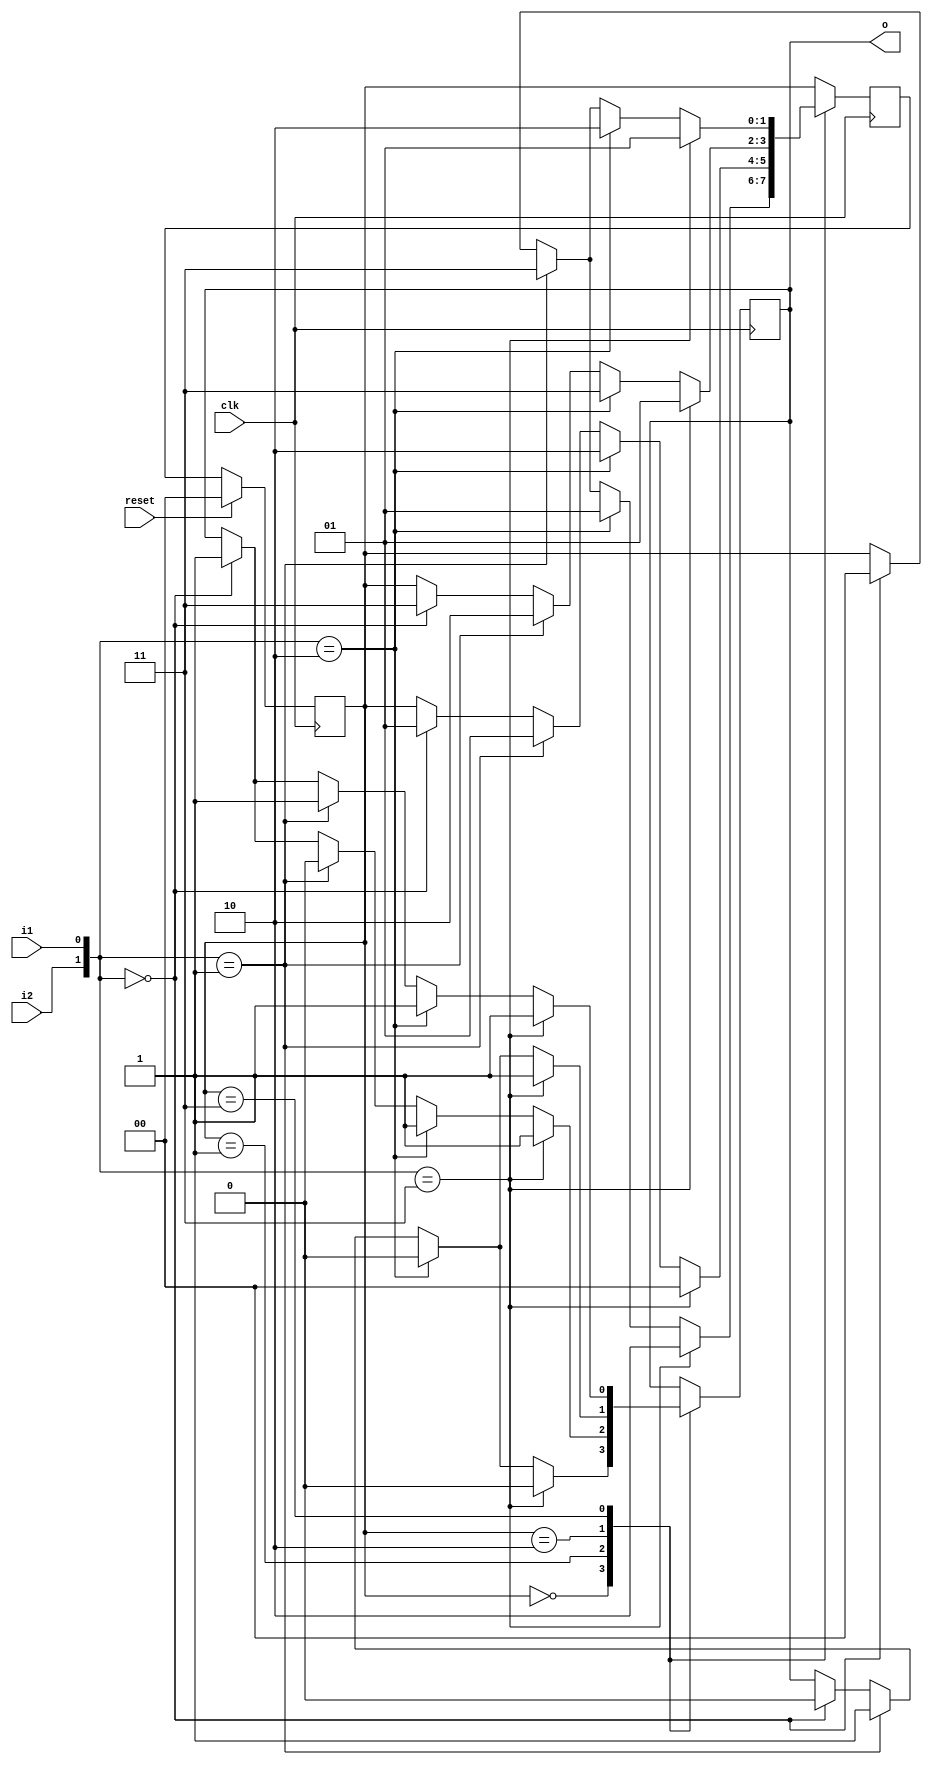
module fsm(input clk, input reset, input i1, input i2, output reg o);
// mealy machine

reg [1:0] current_state; 
reg [1:0] next_state;

wire [1:0] inp; 
assign inp = {i2,i1}; 

always@(posedge clk) begin 
	if (reset == 1'b1) begin 
		current_state <= 1'b0; 
	end
	else begin 
		current_state <= next_state; 
	end
end

always@(posedge clk) begin 

	next_state = current_state; 

	case(current_state)
		2'b00:	begin 
							if(inp == 2'b00) begin 
								next_state <= 2'b00; 
								o <= 1'b0; 
							end
							if (inp == 2'b01) begin 
								next_state <= 2'b11;
								o <= 1'b1;
							end
							if(inp == 2'b10) begin
  							next_state <= 2'b01;
  							o <= 1'b0;
							end
							if(inp == 2'b11) begin
							  next_state <= 2'b10;
							  o <= 1'b0;
							end
					 	end 
		2'b01:	begin 
							if(inp == 2'b00) begin
							  next_state <= 2'b01;
							  o <= 1'b1;
							end
							if(inp == 2'b01) begin
							  next_state <= 2'b01;
							  o <= 1'b0;
							end
							if(inp == 2'b10) begin
							  next_state <= 2'b10;
							  o <= 1'b1;
							end
							if(inp == 2'b11) begin
							  next_state <= 2'b00;
							  o <= 1'b1;
							end
						end
		2'b10:	begin 
							if(inp == 2'b00) begin
							  next_state <= 2'b11;
							  o <= 1'b0;
							end
							if(inp == 2'b01) begin
							  next_state <= 2'b10;
							  o <= 1'b1;
							end
							if(inp == 2'b10) begin
							  next_state <= 2'b11;
							  o <= 1'b0;
							end
							if(inp == 2'b11) begin
							  next_state <= 2'b01;
							  o <= 1'b1;
							end
						end
		2'b11:	begin 
							if(inp == 2'b00) begin
  							next_state <= 2'b00;
							  o <= 1'b1;
							end
							if(inp == 2'b01) begin
							  next_state <= 2'b11;
							  o <= 1'b1;
							end
							if(inp == 2'b10) begin
							  next_state <= 2'b10;
							  o <= 1'b1;
							end
							if(inp == 2'b11) begin
							  next_state <= 2'b01;
							  o <= 1'b1;
							end
						end
//		defualt:	begin  
//								next_state <= 2'b00;
//								o <= 1'b0; 
//							end
	endcase
end 

endmodule